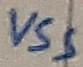
Text: VSS